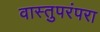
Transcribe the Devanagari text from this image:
वास्तुपरंपरा